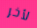
لأخر